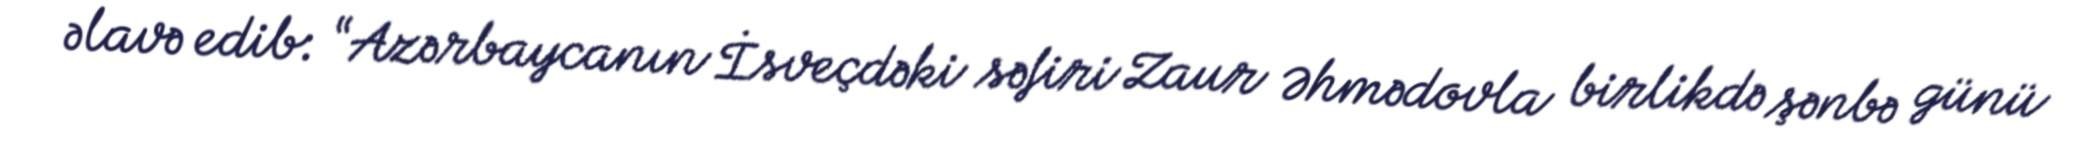
əlavə edib: “Azərbaycanın İsveçdəki səfiri Zaur Əhmədovla birlikdə şənbə günü